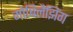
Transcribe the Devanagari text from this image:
मोबिलैझिंग